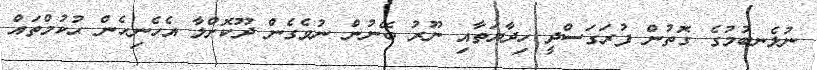
ނުލެނބުމުގެ ގޮތުން ފުރަގަސްދީ ހިދާޔަތާއި ނޫރު ބޭނުން ނުވެގެން ދޫކޮށްލާ އެހެނިހެން ޙުކުމްތައް